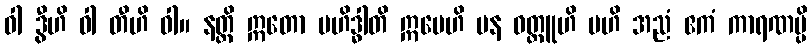
ဝါ ဒွီဟိ ဝါ တီဟိ ဝါ။ နတ္ထိ ဣတော ဗဟိဒ္ဓါတိ ဣမေဟိ ပန ဝတ္ထူဟိ ဗဟိ အညံ ဧကံ ကာရဏမ္ပိ